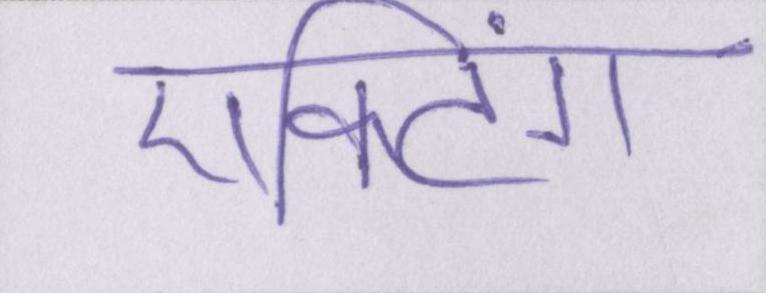
एक्टिंग